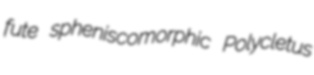
fute spheniscomorphic Polycletus